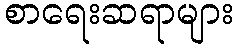
စာရေးဆရာများ